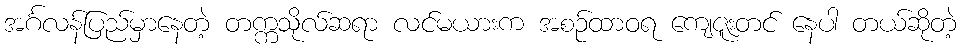
အင်္ဂလန်ပြည်မှာနေတဲ့ တက္ကသိုလ်ဆရာ လင်မယားက အစဉ်ထာဝရ ကျေဇူးတင် နေပါ တယ်ဆိုတဲ့